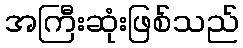
အကြီးဆုံးဖြစ်သည်